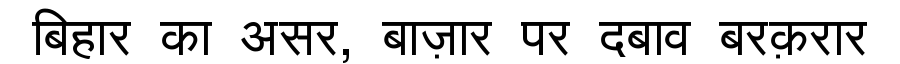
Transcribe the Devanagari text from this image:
बिहार का असर, बाज़ार पर दबाव बरक़रार